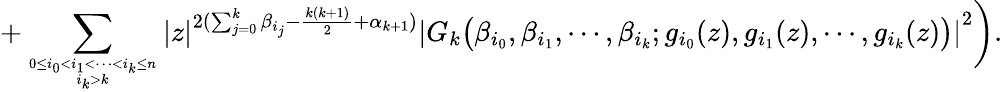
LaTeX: +\sum_{0\le i_{0}<i_{1}<\cdots<i_{k}\le n\atop i_{k}>k}\left|z\right|^{2(\sum_{j=0}^{k}\beta_{i_{j}}-\frac{k(k+1)}{2}+\alpha_{k+1})}\left|G_{k}\big(\beta_{i_{0}},\beta_{i_{1}},\cdots,\beta_{i_{k}};g_{i_{0}}(z),g_{i_{1}}(z),\cdots,g_{i_{k}}(z)\big)\right|^{2}\bigg).